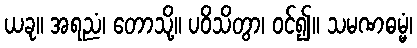
ယခု။ အရညံ၊ တောသို့။ ပဝိသိတွာ၊ ဝင်၍။ သမဏဓမ္မံ၊